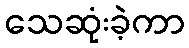
သေဆုံးခဲ့ကာ